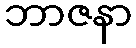
ဘာဇနာ